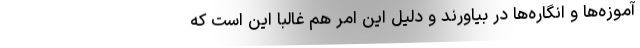
آموزه‌ها و انگاره‌ها در بیاورند و دلیل این امر هم غالباً این است که